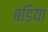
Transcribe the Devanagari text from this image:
बड़िया